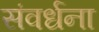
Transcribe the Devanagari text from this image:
संवर्धना